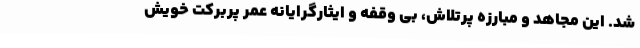
شد. این مجاهد و مبارزه پرتلاش، بی وقفه و ایثارگرایانه عمر پربرکت خویش